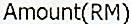
AMOUNT(RM)